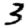
Digit: 3